Vaccine operations Central Provinces & Berar 1912-1920 - 1912-1920
Year: 1912
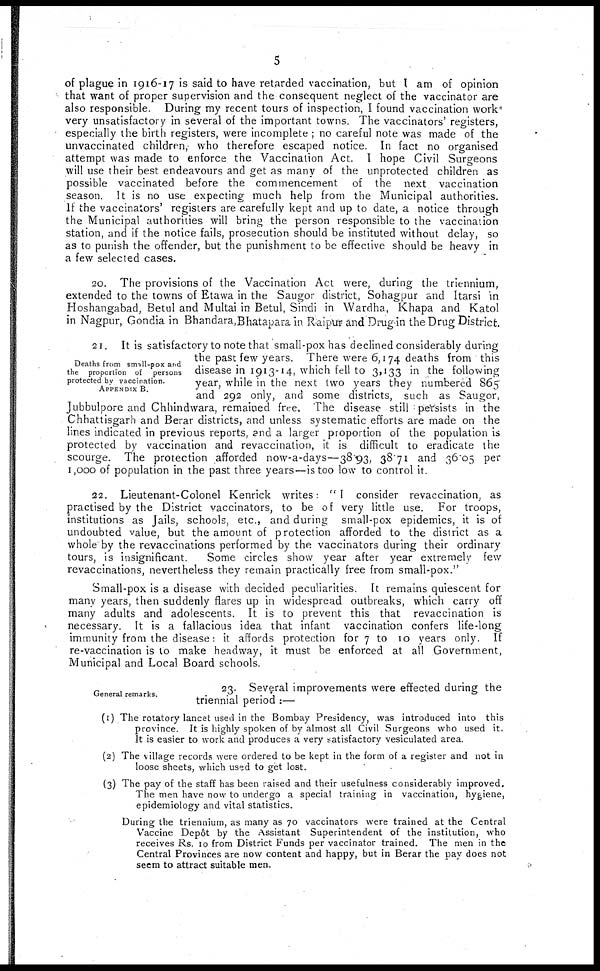
5
of plague in 1916-17 is said to have retarded vaccination, but I am of opinion
that want of proper supervision and the consequent neglect of the vaccinator are
also responsible. During my recent tours of inspection, I found vaccination work
very unsatisfactory in several of the important towns. The vaccinators' registers,
especially the birth registers, were incomplete ; no careful note was made of the
unvaccinated children, who therefore escaped notice. In fact no organised
attempt was made to enforce the Vaccination Act. I hope Civil Surgeons
will use their best endeavours and get as many of the unprotected children as
possible vaccinated before the commencement of the next vaccination
season. It is no use expecting much help from the Municipal authorities.
It the vaccinators' registers are carefully kept and up to date, a notice through
the Municipal authorities will bring the person responsible to the vaccination
station, and if the notice fails, prosecution should be instituted without delay, so
as to punish the offender, but the punishment to be effective should be heavy in
a few selected cases.
20. The provisions of the Vaccination Act were, during the triennium,
extended to the towns of Etawa in the Saugor district, Sohagpur and Itarsi in
Hoshangabad, Betul and Multai in Betul, Sindi in Wardha, Khapa and Katol
in Nagpur, Gondia in Bhandara,Bhatapara in Raipr and Drug in the Drug District.
Deaths from small-pox and
the proportion of persons
protected by vaccination.
APPENDIX B.
21. It is satisfactory to note that small-pox has declined considerably during
the past few years. There were 6,174 deaths from this
disease in 1913-14, which fell to 3,133 in the following
year, while in the next two years they numbered 865
and 292 only, and some districts, such as Saugor,
Jubbulpore and Chhindwara, remained free. The disease still persists in the
Chhattisgarh and Berar districts, and unless systematic efforts are made on the
lines indicated in previous reports, and a larger proportion of the population is
protected by vaccination and revaccination, it is difficult to eradicate the
scourge. The protection afforded now-a-days—38.93, 38.71 and 36.05 per
1,000 of population in the past three years—is too low to control it.
22. Lieutenant-Colonel Kenrick writes: " I consider revaccination, as
practised by the District vaccinators, to be of very little use. For troops,
institutions as Jails, schools, etc., and during small-pox epidemics, it is of
undoubted value, but the amount of protection afforded to the district as a
whole by the revaccinations performed by the vaccinators during their ordinary
tours, is insignificant.
Some circles show year after year extremely few
revaccinations, nevertheless they remain practically free from small-pox."
Small-pox is a disease with decided peculiarities. It remains quiescent for
many years, then suddenly flares up in widespread outbreaks, which carry off
many adults and adolescents. It is to prevent this that revaccination is
necessary. It is a fallacious idea that infant vaccination confers life-long
immunity from the disease: it affords protection for 7 to 10 years only. If
re-vaccination is to make headway, it must be enforced at all Government,
Municipal and Local Board schools.
General remarks.
23. Several improvements were effected during the
triennial period :—
(1) The rotatory lancet used in the Bombay Presidency, was introduced into this
province. It is highly spoken of by almost all Civil Surgeons who used it.
It is easier to work and produces a very satisfactory vesiculated area.
(2) The village records were ordered to be kept in the form of a register and not in
loose sheets, which used to get lost.
(3) The pay of the staff has been raised and their usefulness considerably improved.
The men have now to undergo a special training in vaccination, hygiene,
epidemiology and vital statistics.
During the triennium, as many as 70 vaccinators were trained at the Central
Vaccine Depôt by the Assistant Superintendent of the institution, who
receives Rs. 10 from District Funds per vaccinator trained. The men in the
Central Provinces are now content and happy, but in Berar the pay does not
seem to attract suitable men.